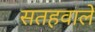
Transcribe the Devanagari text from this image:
सतहवाले